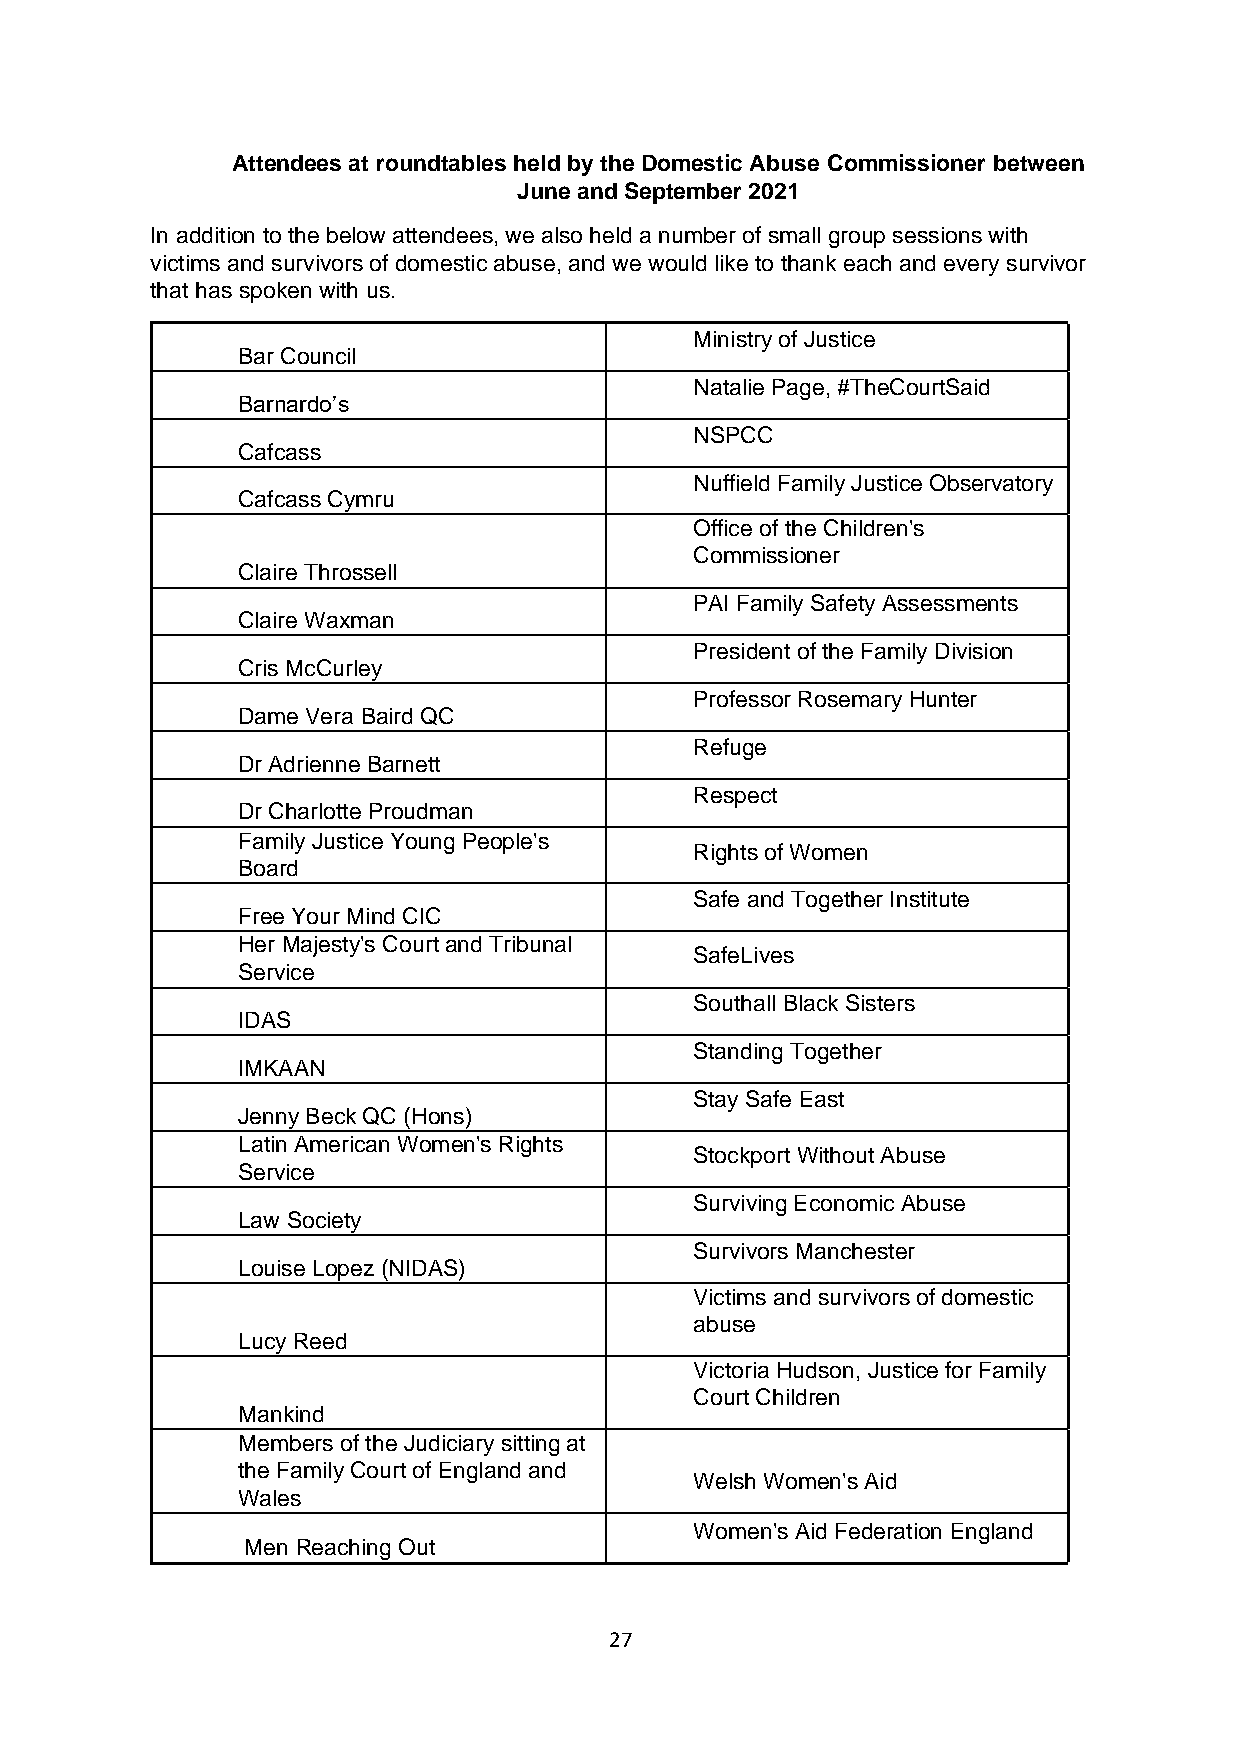
Attendees at roundtables held by the Domestic Abuse Commissioner between
 June and September 2021
 In addition to the below attendees, we also held a number of small group sessions with
 victims and survivors of domestic abuse, and we would like to thank each and every survivor
 that has spoken with us.
 Ministry of Justice
 Bar Council
 Natalie Page, #TheCourtSaid
 Barnardo’s
 NSPCC
 Cafcass
 Nuffield Family Justice Observatory
 Cafcass Cymru
 Office of the Children's
 Commissioner
 Claire Throssell
 PAI Family Safety Assessments
 Claire Waxman
 President of the Family Division
 Cris McCurley
 Professor Rosemary Hunter
 Dame Vera Baird QC
 Refuge
 Dr Adrienne Barnett
 Respect
 Dr Charlotte Proudman
 Family Justice Young People's
 Rights of Women
 Board
 Safe and Together Institute
 Free Your Mind CIC
 Her Majesty's Court and Tribunal
 SafeLives
 Service
 Southall Black Sisters
 IDAS
 Standing Together
 IMKAAN
 Stay Safe East
 Jenny Beck QC (Hons)
 Latin American Women's Rights
 Stockport Without Abuse
 Service
 Surviving Economic Abuse
 Law Society
 Survivors Manchester
 Louise Lopez (NIDAS)
 Victims and survivors of domestic
 abuse
 Lucy Reed
 Victoria Hudson, Justice for Family
 Court Children
 Mankind
 Members of the Judiciary sitting at
 the Family Court of England and
 Welsh Women's Aid
 Wales
 Women's Aid Federation England
 Men Reaching Out
 27